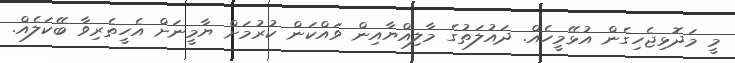
މީ މަދޮޅިޖެހިގެން އުޅޭމީހެއް. ދައުލަތުގެ މާލިއްޔާއިން ވައްކަން ކުރުމަށް ޔާމީނަށް އެހީތެރިވާ ބޭކަލެއް.